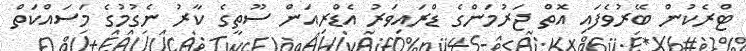
ޓްރެކުން ބޭރުވެފައި އޮތް ޖަރުމަންގެ ޑްރައިވަރު އެޑްރިއަން ސޫތީގެ ކާރު ނެގުމުގެ މަސައްކަތް